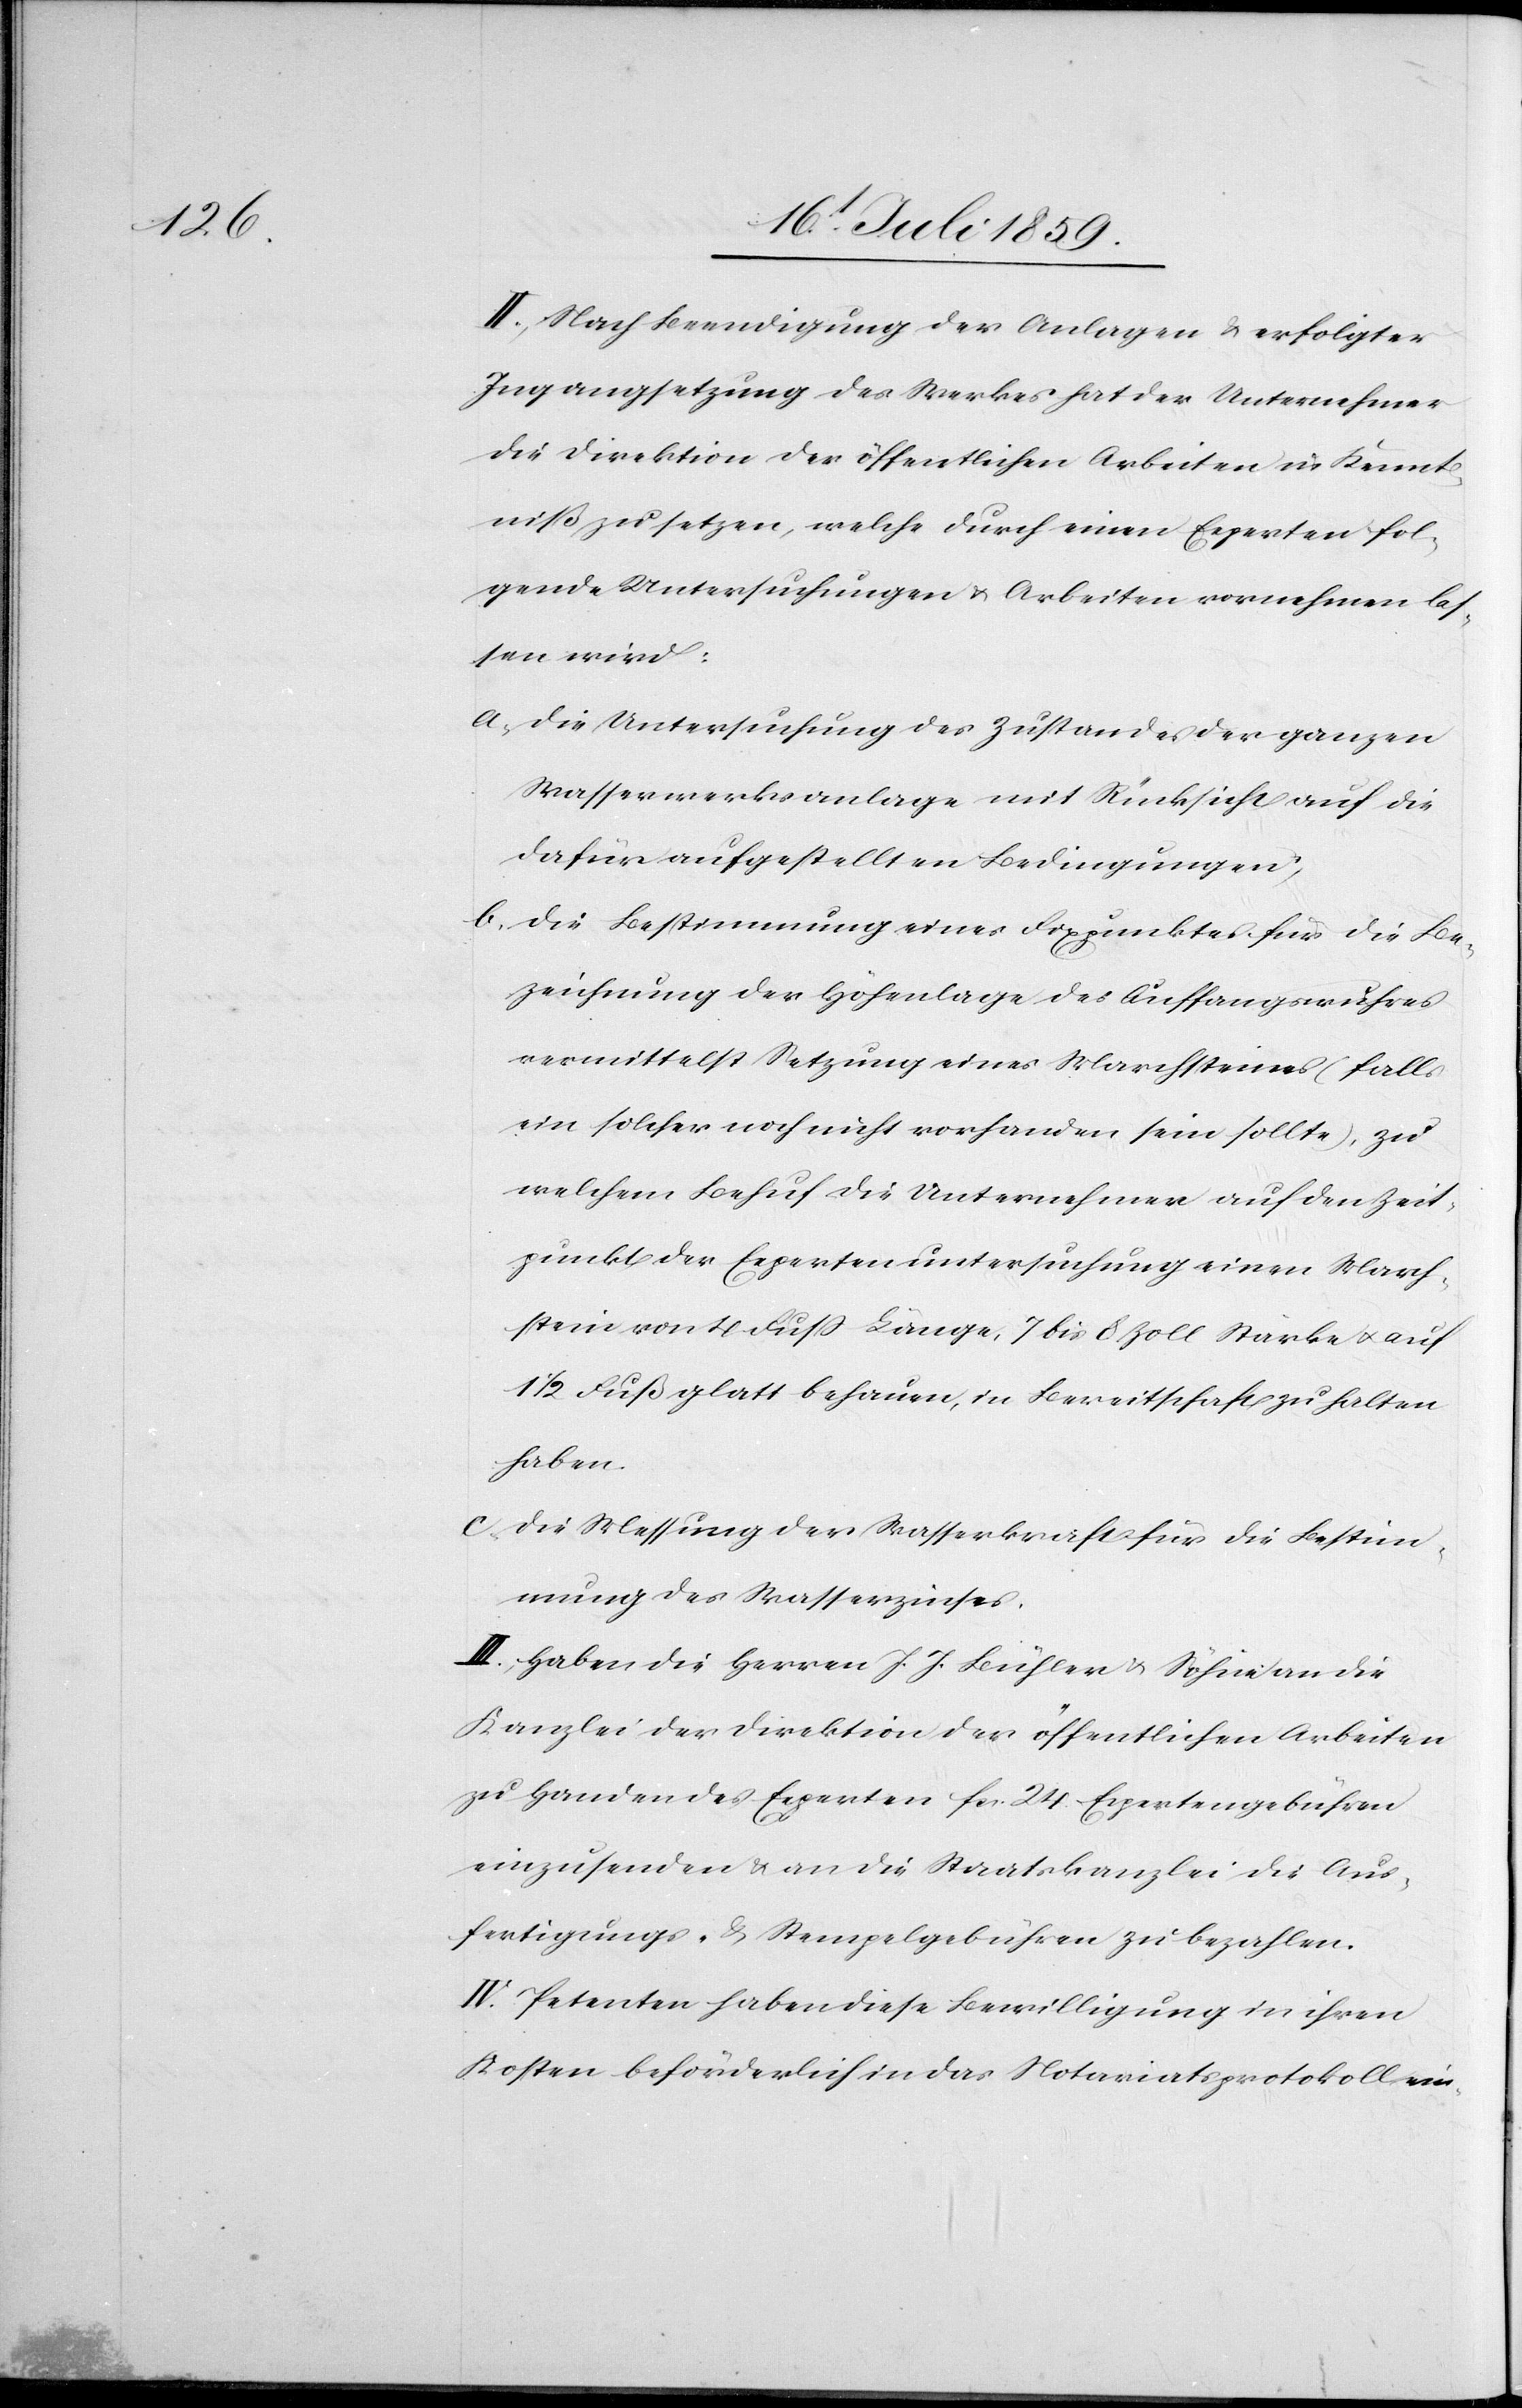
II. Nach Beendigung der Anlagen u. erfolgter
Ingangsetzung des Werkes hat der Unternehmer
die Direktion der öffentlichen Arbeiten in Kennt¬
niß zu setzen, welche durch einen Experten fol¬
gende Untersuchungen u. Arbeiten vornehmen las¬
sen wird:
a. Die Untersuchung des Zustandes der ganzen
Wasserwerksanlage mit Rücksicht auf die
dafür aufgestellten Bedingungen,
b. Die Bestimmung eines Fixpunktes für die Be¬
zeichnung der Höhenlage des Auffangswuhres
vermittelst Setzung eines Marchsteines (falls
ein solcher noch nicht vorhanden sein sollte), zu
welchem Behuf die Unternehmen auf den Zeit¬
punkt der Expertenuntersuchung einen March¬
stein von 4 Fuß Länge, 7 bis 8 Zoll Stärke u. auf
1/2 Fuß glatt behauen, in Bereitschaft zu halten
haben.
c. Die Messung der Wasserkraft für die Bestim¬
mung des Wasserzinses.
III. Haben die Herren J. J. Bühler u. Söhne an die
Kanzlei der Direktion der öffentlichen Arbeiten
zu Handen des Experten fcs. 24. Expertengebühren
einzusenden u. an die Staatskanzlei die Aus¬
fertigungs- u. Stempelgebühren zu bezahlen.
IV. Petenten haben diese Bewilligung in ihren
Kosten beförderlich in das Notariatsprotokoll ein-